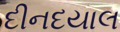
દીનદયાલ